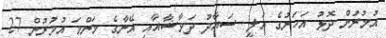
އުމުރުން ދޮޅު އަހަރުގެ އަލީ ސައާދު ދަވާޝާއާއި އޭނާގެ މަންމަ އުމުރުން 27